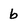
Character: b